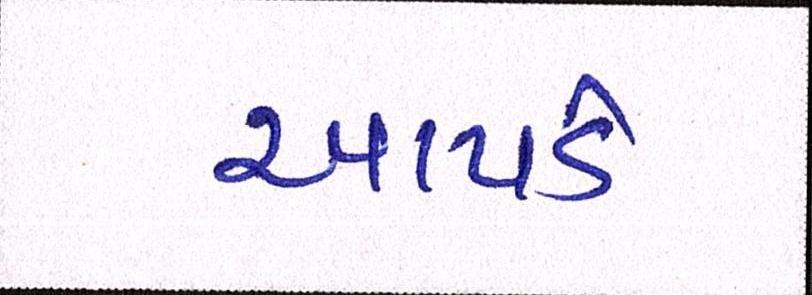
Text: આપડે